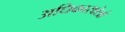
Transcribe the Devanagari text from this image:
अधिकारक्षेत्रों